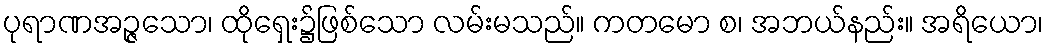
ပုရာဏအဉ္ဇသော၊ ထိုရှေး၌ဖြစ်သော လမ်းမသည်။ ကတမော စ၊ အဘယ်နည်း။ အရိယော၊